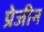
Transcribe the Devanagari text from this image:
प्रेजीन